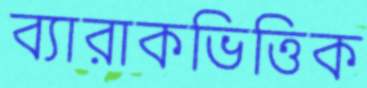
ব্যারাকভিত্তিক